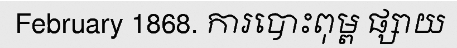
February 1868. ការបោះពុម្ព ផ្សាយ